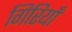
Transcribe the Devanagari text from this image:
गिरियाँ